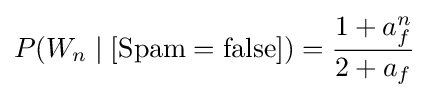
P(W_{n}\mid [{\text{Spam}}={\text{false}}])={\frac {1+a_{f}^{n}}{2+a_{f}}}